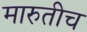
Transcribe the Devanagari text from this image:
मारुतीच